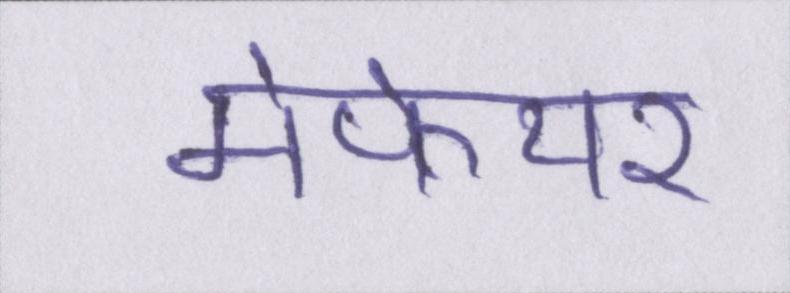
मेफेयर